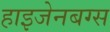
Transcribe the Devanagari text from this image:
हाइजेनबग्स